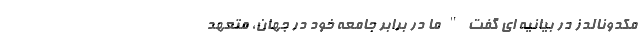
مکدونالدز در بیانیه ای گفت " ما در برابر جامعه خود در جهان، متعهد